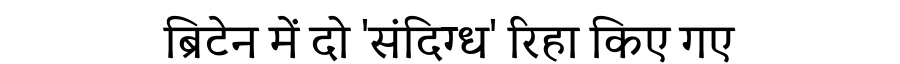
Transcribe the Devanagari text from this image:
ब्रिटेन में दो 'संदिग्ध' रिहा किए गए